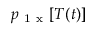
p _ { \mathrm { ~ 1 ~ x ~ } } [ T ( t ) ]